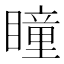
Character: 瞳